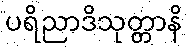
ပရိညာဒိသုတ္တာနိ